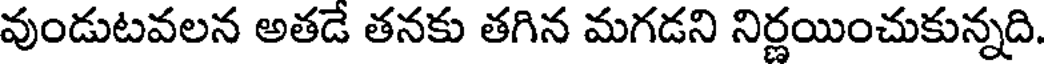
వుండుటవలన అతడే తనకు తగిన మగడని నిర్ణయించుకున్నది.